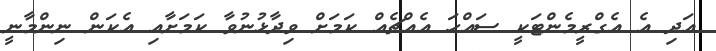
އަދި އެ އެގްރީމެންޓަކީ ސައްހަ އެއްޗެއް ކަމަށް ވިދާޅުނުވާ ކަމަށާއި އެކަން ނިންމާނީ